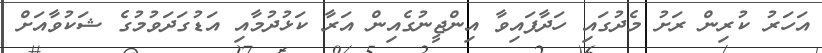
އަހަރު ކުރިން ރަށު މެދުގައި ހަދާފައިވާ އިންޖީނުގެއިން އަރާ ކަޅުދުމާއި އަޑުގަދަވުމުގެ ޝަކުވާއަށް